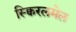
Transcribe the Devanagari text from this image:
स्क्विरलमेल